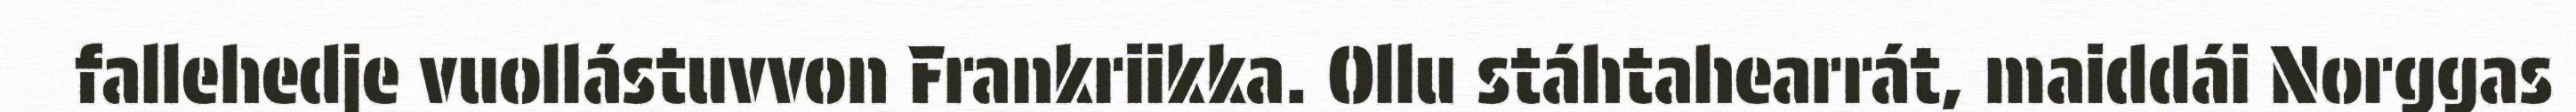
fallehedje vuollástuvvon Frankriikka. Ollu stáhtahearrát, maiddái Norggas